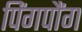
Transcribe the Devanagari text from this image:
पिंगपौंग